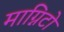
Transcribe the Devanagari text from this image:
माग्निटो